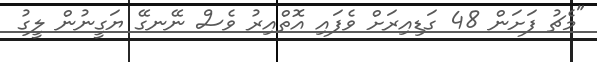
"މެޗު ފަށަން 48 ގަޑިއިރަށް ވެފައި އޮތްއިރު ވެސް ނޭނގޭ ޔަގީނުން ލީގު